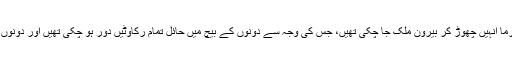
اس وقت بھارتی ایکٹر سنجے دت کی اہلیہ رچا شرما انہیں چھوڑ کر بیرون ملک جا چکی تھیں، جس کی وجہ سے دونوں کے بیچ میں حائل تمام رکاوٹیں دور ہو چکی تھیں اور دونوں یک جان دو قالب کا منظر پیش کرنے لگے تھے۔